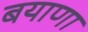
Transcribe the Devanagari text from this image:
बयाणा